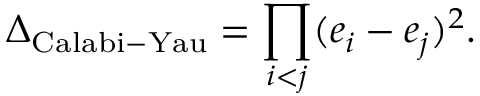
\Delta _ { \mathrm { C a l a b i - Y a u } } = \prod _ { i < j } ( e _ { i } - e _ { j } ) ^ { 2 } .